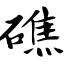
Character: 礁